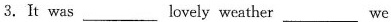
3.It was ___lovely weather___ we